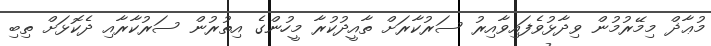
މުޢާޛް މިމޭރުމުން ވިދާޅުވެފައިވާއިރު ސަރުކާރަށް ތާއީދުކުރާ މީހުންގެ އިތުރުން ސަރުކާރާއި ދެކޮޅަށް ތިބި